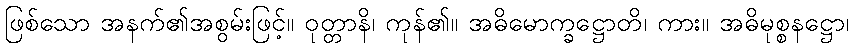
ဖြစ်သော အနက်၏အစွမ်းဖြင့်။ ဝုတ္တာနိ၊ ကုန်၏။ အဓိမောက္ခဋ္ဌောတိ၊ ကား။ အဓိမုစ္စနဋ္ဌော၊